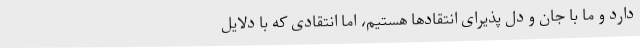
دارد و ما با جان و دل پذیرای انتقادها هستیم، اما انتقادی که با دلایل